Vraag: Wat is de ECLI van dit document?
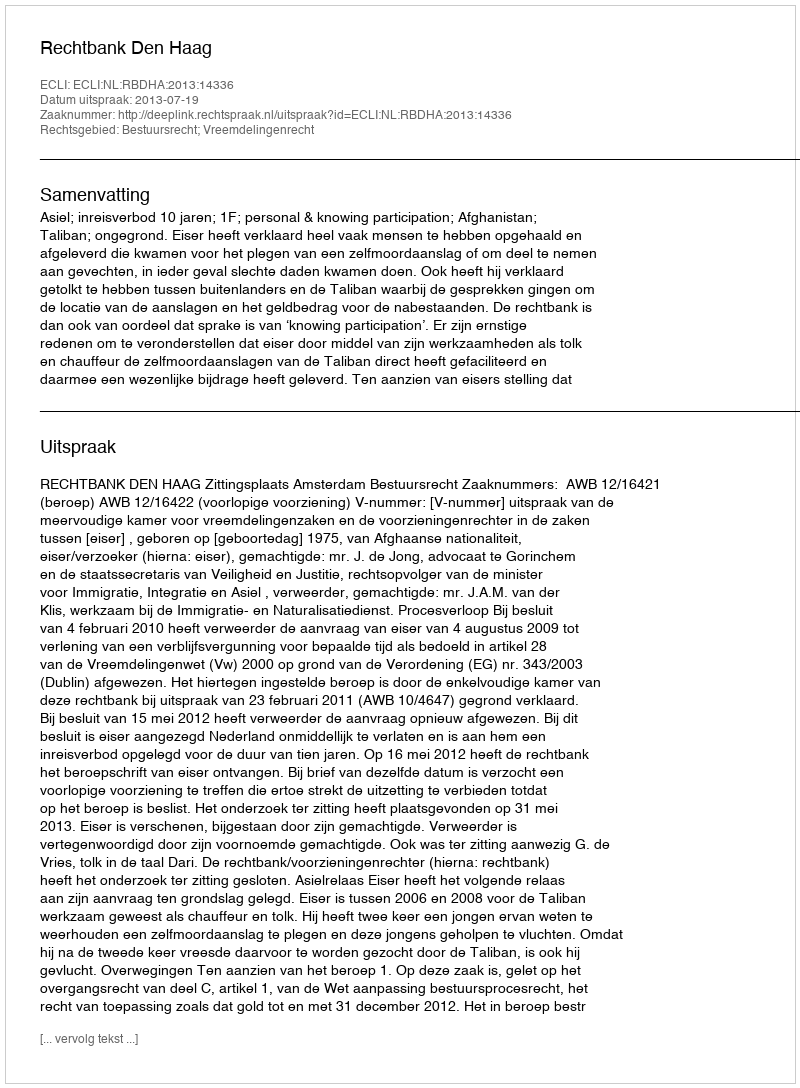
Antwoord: ECLI:NL:RBDHA:2013:14336